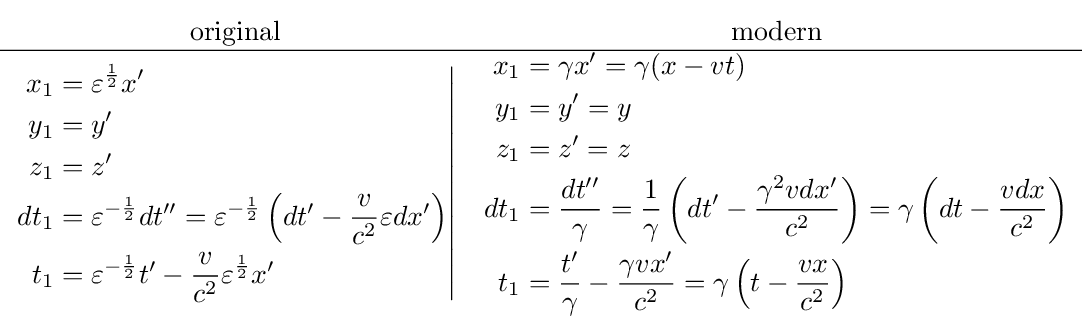
{\begin{matrix}{\text{original}}&{\text{modern}}\\\hline \left.{\begin{aligned}x_{1}&=\varepsilon ^{\frac {1}{2}}x^{\prime }\\y_{1}&=y^{\prime }\\z_{1}&=z^{\prime }\\dt_{1}&=\varepsilon ^{-{\frac {1}{2}}}dt^{\prime \prime }=\varepsilon ^{-{\frac {1}{2}}}\left(dt^{\prime }-{\frac {v}{c^{2}}}\varepsilon dx^{\prime }\right)\\t_{1}&=\varepsilon ^{-{\frac {1}{2}}}t^{\prime }-{\frac {v}{c^{2}}}\varepsilon ^{\frac {1}{2}}x^{\prime }\end{aligned}}\right|&{\begin{aligned}x_{1}&=\gamma x^{\prime }=\gamma (x-vt)\\y_{1}&=y'=y\\z_{1}&=z'=z\\dt_{1}&={\frac {dt^{\prime \prime }}{\gamma }}={\frac {1}{\gamma }}\left(dt^{\prime }-{\frac {\gamma ^{2}vdx^{\prime }}{c^{2}}}\right)=\gamma \left(dt-{\frac {vdx}{c^{2}}}\right)\\t_{1}&={\frac {t^{\prime }}{\gamma }}-{\frac {\gamma vx^{\prime }}{c^{2}}}=\gamma \left(t-{\frac {vx}{c^{2}}}\right)\end{aligned}}\end{matrix}}